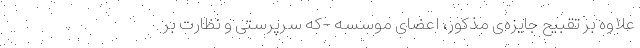
علاوه بر تقبیح جایزه‌ی مذکور، اعضای موسسه‌ -که سرپرستی و نظارت بر